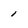
Character: 1